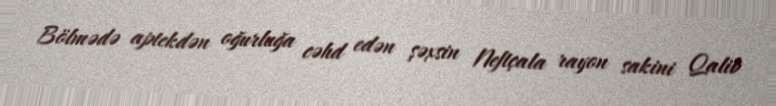
Bölmədə aptekdən oğurluğa cəhd edən şəxsin Neftçala rayon sakini Qalib